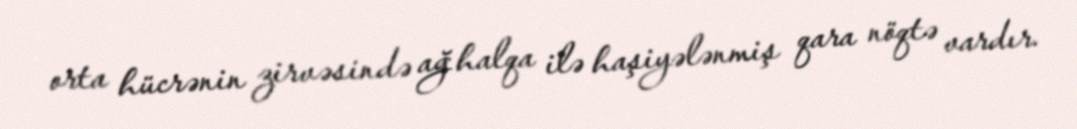
orta hücrənin zirvəsində ağ halqa ilə haşiyələnmiş qara nöqtə vardır.